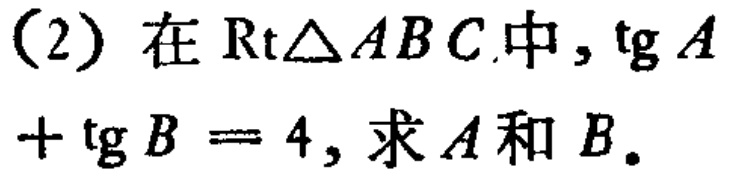
（2）在$\mathrm{Rt}\triangle ABC$中，$\mathrm{tg}A+\mathrm{tg}B = 4$，求$A$和$B$。